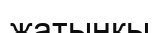
жатыңқы